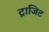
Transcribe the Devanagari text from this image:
ट्राजिट